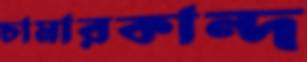
চামারকান্দ